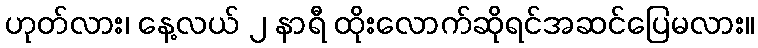
ဟုတ်လား၊ နေ့လယ် ၂ နာရီ ထိုးလောက်ဆိုရင်အဆင်ပြေမလား။